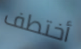
أختطف